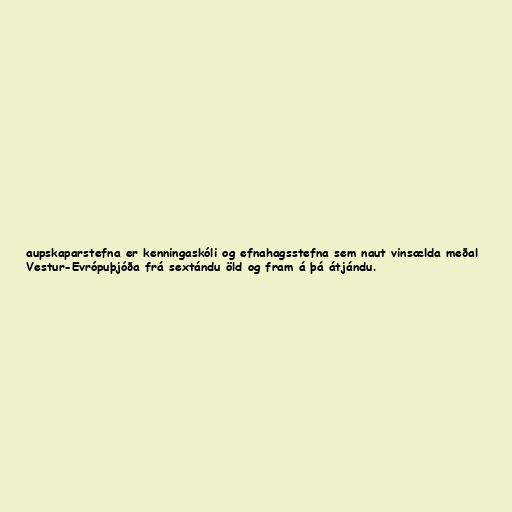
aupskaparstefna er kenningaskóli og efnahagsstefna sem naut vinsælda meðal
Vestur-Evrópuþjóða frá sextándu öld og fram á þá átjándu.